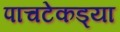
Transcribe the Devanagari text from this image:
पाचटेकड्या